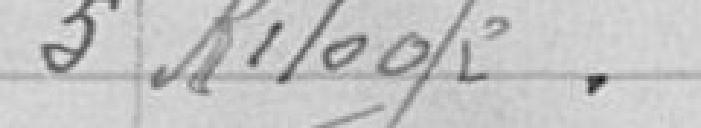
5 kilos.